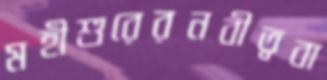
মহীশুরেরনবীত্ববা